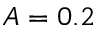
A = 0 . 2